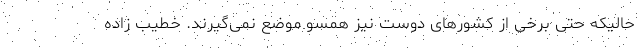
حالیکه حتی برخی از کشورهای دوست نیز همسو موضع نمی‌گیرند. خطیب زاده